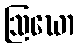
ဩဃော